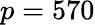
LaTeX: p=570